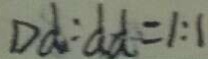
D d : d d = 1 : 1